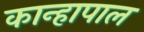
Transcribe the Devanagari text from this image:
कान्हापाल